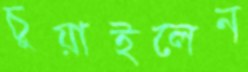
চুয়াইলেন